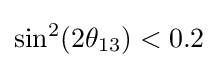
\sin ^{2}(2\theta _{13})<0.2